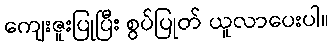
ကျေးဇူးပြုပြီး စွပ်ပြုတ် ယူလာပေးပါ။